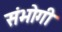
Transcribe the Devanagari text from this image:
संभोगी